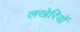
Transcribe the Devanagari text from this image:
लखेरियों